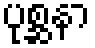
ပုစ္ဆနာ